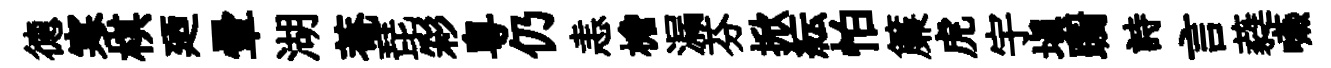
德寒棋廼暈湖菴琵彩粵仍恚檐漏芬掀紜怕簾虎宇填蹰詩言蕤嚥